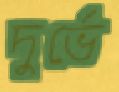
দুর্ভে